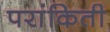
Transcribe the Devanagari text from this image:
परांकिती